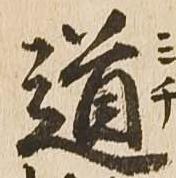
道